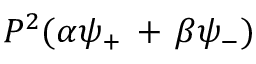
P ^ { 2 } ( \alpha \psi _ { + } \, + \, \beta \psi _ { - } )